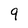
Character: 9